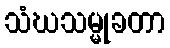
သံဃသမ္မုခတာ